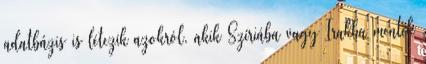
adatbázis is létezik azokról, akik Szíriába vagy Irakba mentek